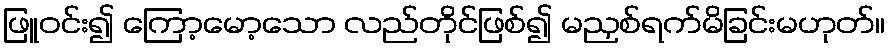
ဖြူဝင်း၍ ကြော့မော့သော လည်တိုင်ဖြစ်၍ မညှစ်ရက်မိခြင်းမဟုတ်။